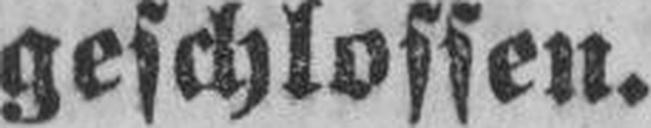
geschlossen.